Vaccination in the Punjab 1919-1929 - 1919-1929
Year: 1919
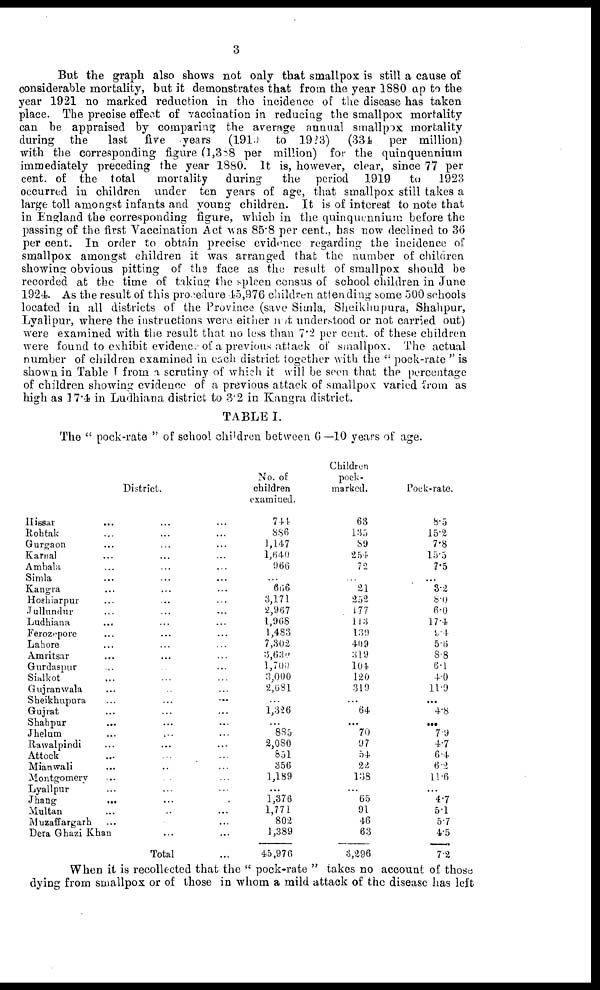
3
But the graph also shows not only that smallpox is still a cause of
considerable mortality, but it demonstrates that from the year 1880 up to the
year 1921 no marked reduction in the incidence of the disease has taken
place. The precise effect of vaccination in reducing the smallpox mortality
can be appraised by comparing the average annual smallpox mortality
during the
last five years (1910 to 1923)
(334 per million)
with the corresponding figure (1,388 per million) for the quinquennium
immediately preceding the year 1880. It is, however, clear, since 77 per
cent, of the total
mortality
during
the period 1919
to
1923
occurred in children under ten years of age, that smallpox still takes a
large toll amongst infants and young children. It is of interest to note that
in England the corresponding figure, which in the quinquennium before the
passing of the first Vaccination Act was 85.8 per cent., has now declined to 36
per cent. In order to obtain precise evidence regarding the incidence of
smallpox amongst children it was arranged that the number of children
showing obvious pitting of the face as the result of smallpox should be
recorded at the time of taking the spleen census of school children in June
1924. As the result of this procedure 15,976 children attending some 500 schools
located in all districts of the Province (save Simla, Sheikhupura, Shahpur,
Lyalipur, where the instructions were either not understood or not carried out)
were examined with the result that no less than 7.2 per cent. of these children
were found to exhibit evidence of a previous attack of smallpox. The actual
number of children examined in each district together with the " pock-rate " is
shown in Table I from a scrutiny of which it will be seen that the percentage
of children showing evidence of a previous attack of smallpox: varied from as
high as 17.4 in Ludhiana district to 3.2 in Kangra district.
TABLE I.
The " pock-rate " of school children between 6 —10 years of age.
District.
Hissar ... ... ...
Rohtak ... ... ...
Gurgaon ... ... ...
Karnal ... ... ...
Ambala ... ... ...
Simla ... ... ...
Kangra ... ... ...
Hoshiarpur ... ... ...
Jullundur ... ... ...
Ludhiana ... ... ...
Ferozepore ... ... ...
Lahore ... ... ...
Amritsar ... ... ...
Gurdaspur ... ... ...
Sialkot ... ... ...
Gujranwala ... ... ...
Sheikhupura ... ... ...
Gujrat ... ... ...
Shahpur ... ... ...
Jhelum ... ... ...
Rawalpindi ... ... ...
Attock ... ... ...
Mianwali ... ... ...
Montgomery ... ... ...
Lyallpur ... ... ...
Jhang ... ... ...
Multan ... ... ...
Muzaffargarh ... ... ...
Dera Ghazi Khan ... ...
Total ...
No. of
children
examined.
744
886
1,147
1,640
966
...
666
3,171
2,967
1,968
1,483
7,302
3,630
l,700
3,000
2,681
...
1,326
...
885
2,080
851
356
1,189
...
1,376
1,771
802
1,389
45,976
Children
pock-
marked.
63
135
89
254
72
...
21
252
177
113
139
409
319
104
120
319
...
64
...
70
97
54
22
138
...
65
91
46
63
3,296
Pock-rate.
8.5
15.2
7.8
15.5
7.5
...
3.2
8.0
6.0
17.4
9.4
5.6
8.8
6.1
4.0
11.9
...
4.8
...
7.9
4.7
6.4
6.2
11.6
...
4.7
5.1
5.7
4.5
7.2
When it is recollected that the " pock-rate " takes no account of those
dying from smallpox or of those in whom a mild attack of the disease has left